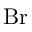
\mathrm { B r }